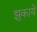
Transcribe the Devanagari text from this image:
झुकायें